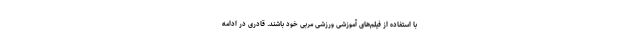
با استفاده از فیلم‌های آموزشی ورزشی مربی خود باشند. قادری در ادامه